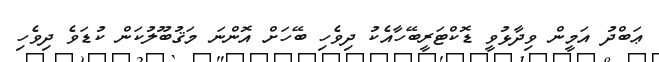
ޢަބްދު އަމީން ވިދާޅުވީ ޑޮކްޓަރީބޭހާއެކު ދިވެހި ބޭހަށް އޮންނަ މަޤުބޫލުކަން ކުޑަވެ ދިވެހި